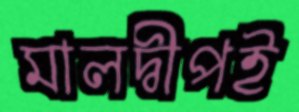
মালদ্বীপই